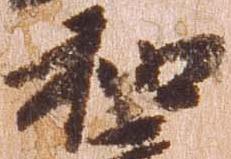
和